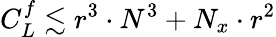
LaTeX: C_{L}^{f}\lesssim r^{3}\cdot N^{3}+N_{x}\cdot r^{2}